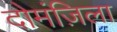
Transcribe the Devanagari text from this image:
दोमंज़िला